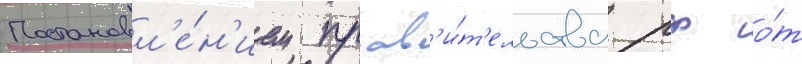
Постановл'е́н'ием прав'и́т'ельства рф о́т